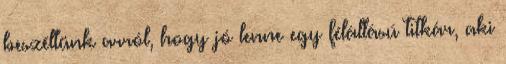
beszéltünk arról, hogy jó lenne egy félállású titkár, aki